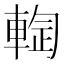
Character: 𰹙